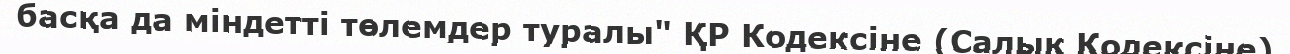
басқа да міндетті төлемдер туралы" ҚР Кодексіне (Салық Кодексіне)